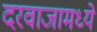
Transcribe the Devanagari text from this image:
दरवाजामध्ये